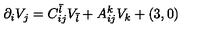
\partial _ { i } V _ { j } = C _ { i j } ^ { \bar { l } } V _ { \bar { l } } + A _ { i j } ^ { k } V _ { k } + ( 3 , 0 )